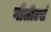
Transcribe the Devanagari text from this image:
गौलीटर्स